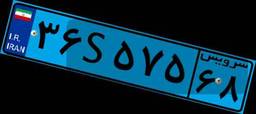
۸۸S۸۴۵۱۳